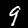
Digit: 9